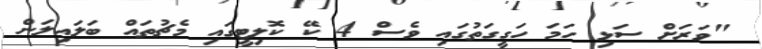
"ވަރަށް ސަޅި ހަމަ ހަގީގަތުގައި ވެސް 4 ކޭ ކޮލިޓީގައި މެޗުތައް ބަލައިލަން